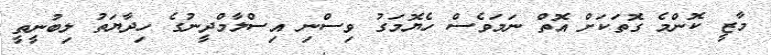
މާޒީ ކޮންމެ ގޮތަކަށް އޮތް ނަމަވެސް ހެޔޮމަގު ވިސްނި އިސްލާމްދީނުގެ ހިދާޔަތު ލިބުނީތީ